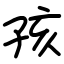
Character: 孩